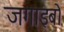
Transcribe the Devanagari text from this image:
जगाइबो